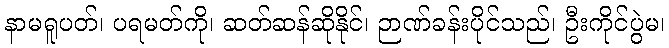
နာမရူပတ်၊ ပရမတ်ကို၊ ဆတ်ဆန်ဆိုနိုင်၊ ဉာဏ်ခန်းပိုင်သည်၊ ဦးကိုင်ပွဲမ၊